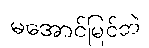
မအောင်မြင်ဘဲ